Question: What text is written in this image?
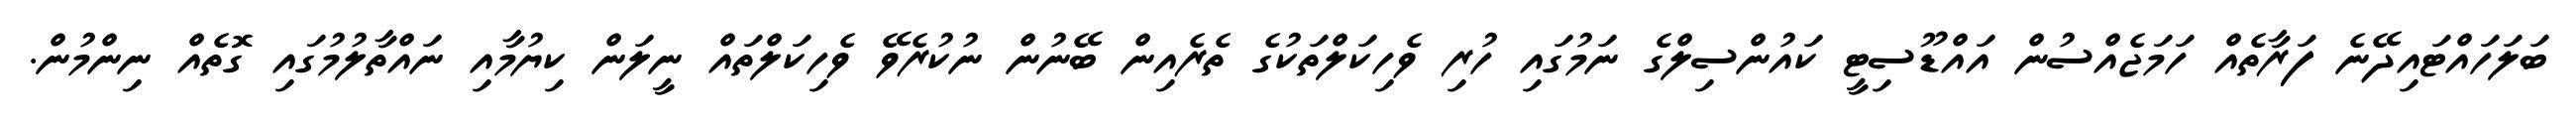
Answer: ބަލަހައްޓައިދޭނެ ފަރާތެއް ހަމަޖެއްސުން އައްޑޫސިޓީ ކައުންސިލްގެ ނަމުގައި ހުރި ވެހިކަލްތަކުގެ ތެރެއިން ބޭނުން ނުކުރެވޭ ވެހިކަލްތައް ނީލަން ކިޔުމާއި ނައްތާލުމުގައި ގޮތެއް ނިންމުން.